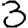
Digit: 3